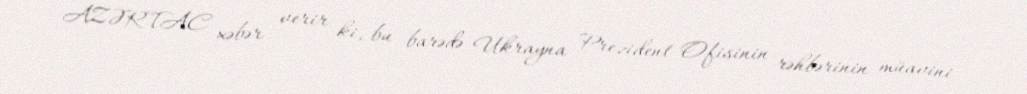
AZƏRTAC xəbər verir ki, bu barədə Ukrayna Prezident Ofisinin rəhbərinin müavini